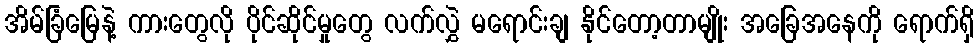
အိမ်ခြံမြေနဲ့ ကားတွေလို ပိုင်ဆိုင်မှုတွေ လက်လွှဲ မရောင်းချ နိုင်တော့တာမျိုး အခြေအနေကို ရောက်ရှိ